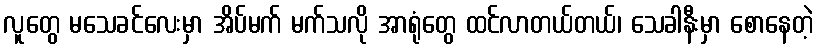
လူတွေ မသေခင်လေးမှာ အိပ်မက် မက်သလို အာရုံတွေ ထင်လာတယ်တယ်၊ သေခါနီးမှာ စောနေတဲ့